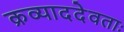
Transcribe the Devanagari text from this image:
क्रव्याददेवताः